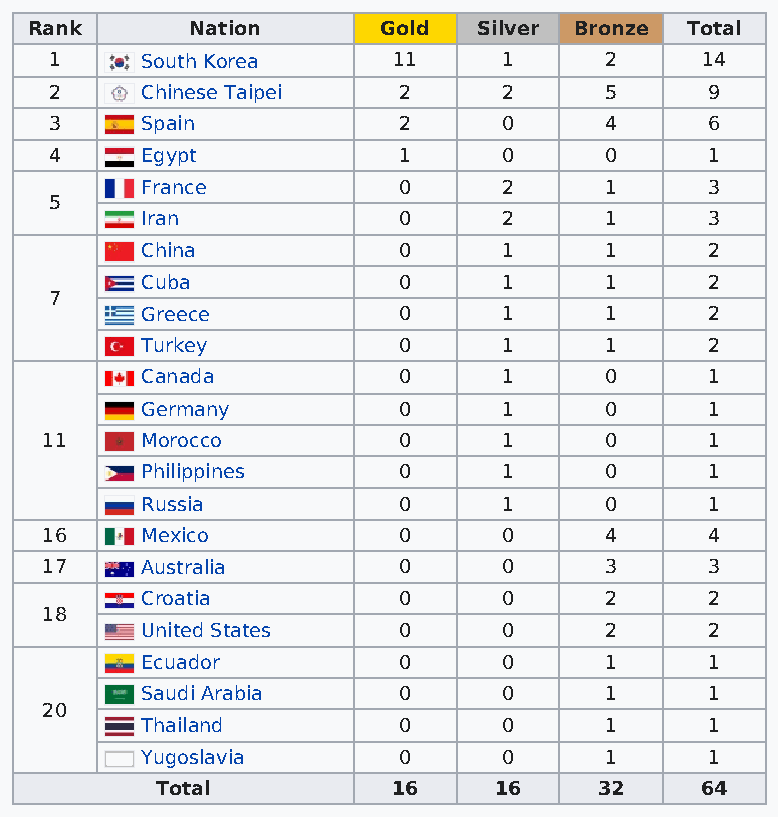
Rank       Nation      Gold   Silver Bronze Total
 1     South Korea      11     1      2     14
 2     Chinese Taipei   2      2      5      9
 3     Spain            2      0      4      6
 4     Egypt            1      0      0      1
 France           0      2      1      3
 5
 Iran             0      2      1      3
 China            0      1      1      2
 Cuba             0      1      1      2
 7
 Greece           0      1      1      2
 Turkey           0      1      1      2
 Canada           0      1      0      1
 Germany          0      1      0      1
 11    Morocco          0      1      0      1
 Philippines      0      1      0      1
 Russia           0      1      0      1
 16    Mexico           0      0      4      4
 17    Australia        0      0      3      3
 Croatia          0      0      2      2
 18
 United States    0      0      2      2
 Ecuador          0      0      1      1
 Saudi Arabia     0      0      1      1
 20
 Thailand         0      0      1      1
 Yugoslavia       0      0      1      1
 Total           16     16     32    64